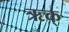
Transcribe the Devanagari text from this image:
ऋक्‌